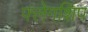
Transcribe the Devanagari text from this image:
फ्लेगशिप